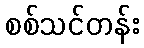
စစ်သင်တန်း